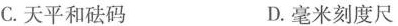
C.天平和砝码 D.毫米刻度尺